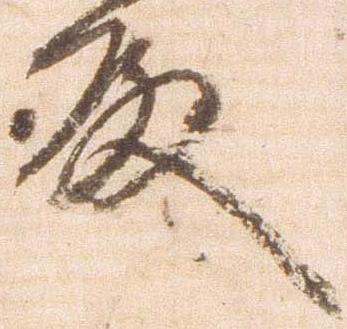
殿